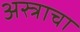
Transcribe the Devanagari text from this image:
अस्त्राचा